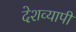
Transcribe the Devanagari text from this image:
देशव्‍यापी